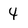
Character: 4